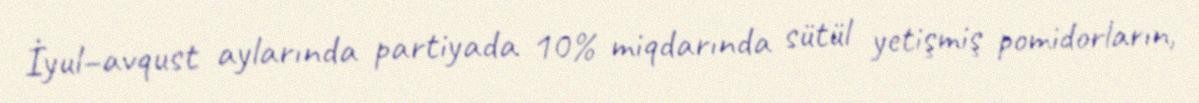
İyul–avqust aylarında partiyada 10% miqdarında sütül yetişmiş pomidorların,